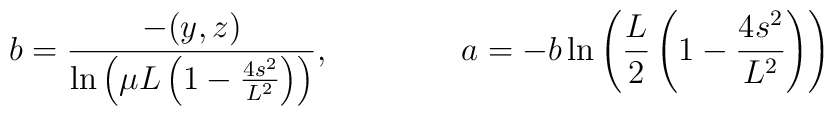
b=\frac{-(y,z)}{\ln\left(\mu L\left(1-\frac{4s^2}{L^2}\right)\right)},	\qquad\qquad a=-b\ln\left(\frac{L}{2}\left(1-\frac{4s^2}{L^2}\right)	\right)